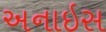
અનાઇસ